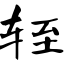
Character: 轾